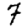
Digit: 7